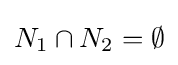
N_{1}\cap N_{2}=\emptyset